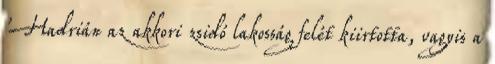
'Hadrián az akkori zsidó lakosság felét kiirtotta, vagyis a